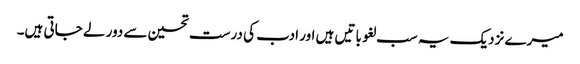
میرے نزدیک یہ سب لغو باتیں ہیں اور ادب کی درست تحسین سے دور لے جاتی ہیں۔